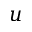
u